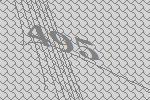
495